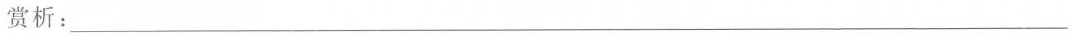
赏析：___